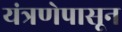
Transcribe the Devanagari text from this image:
यंत्रणेपासून